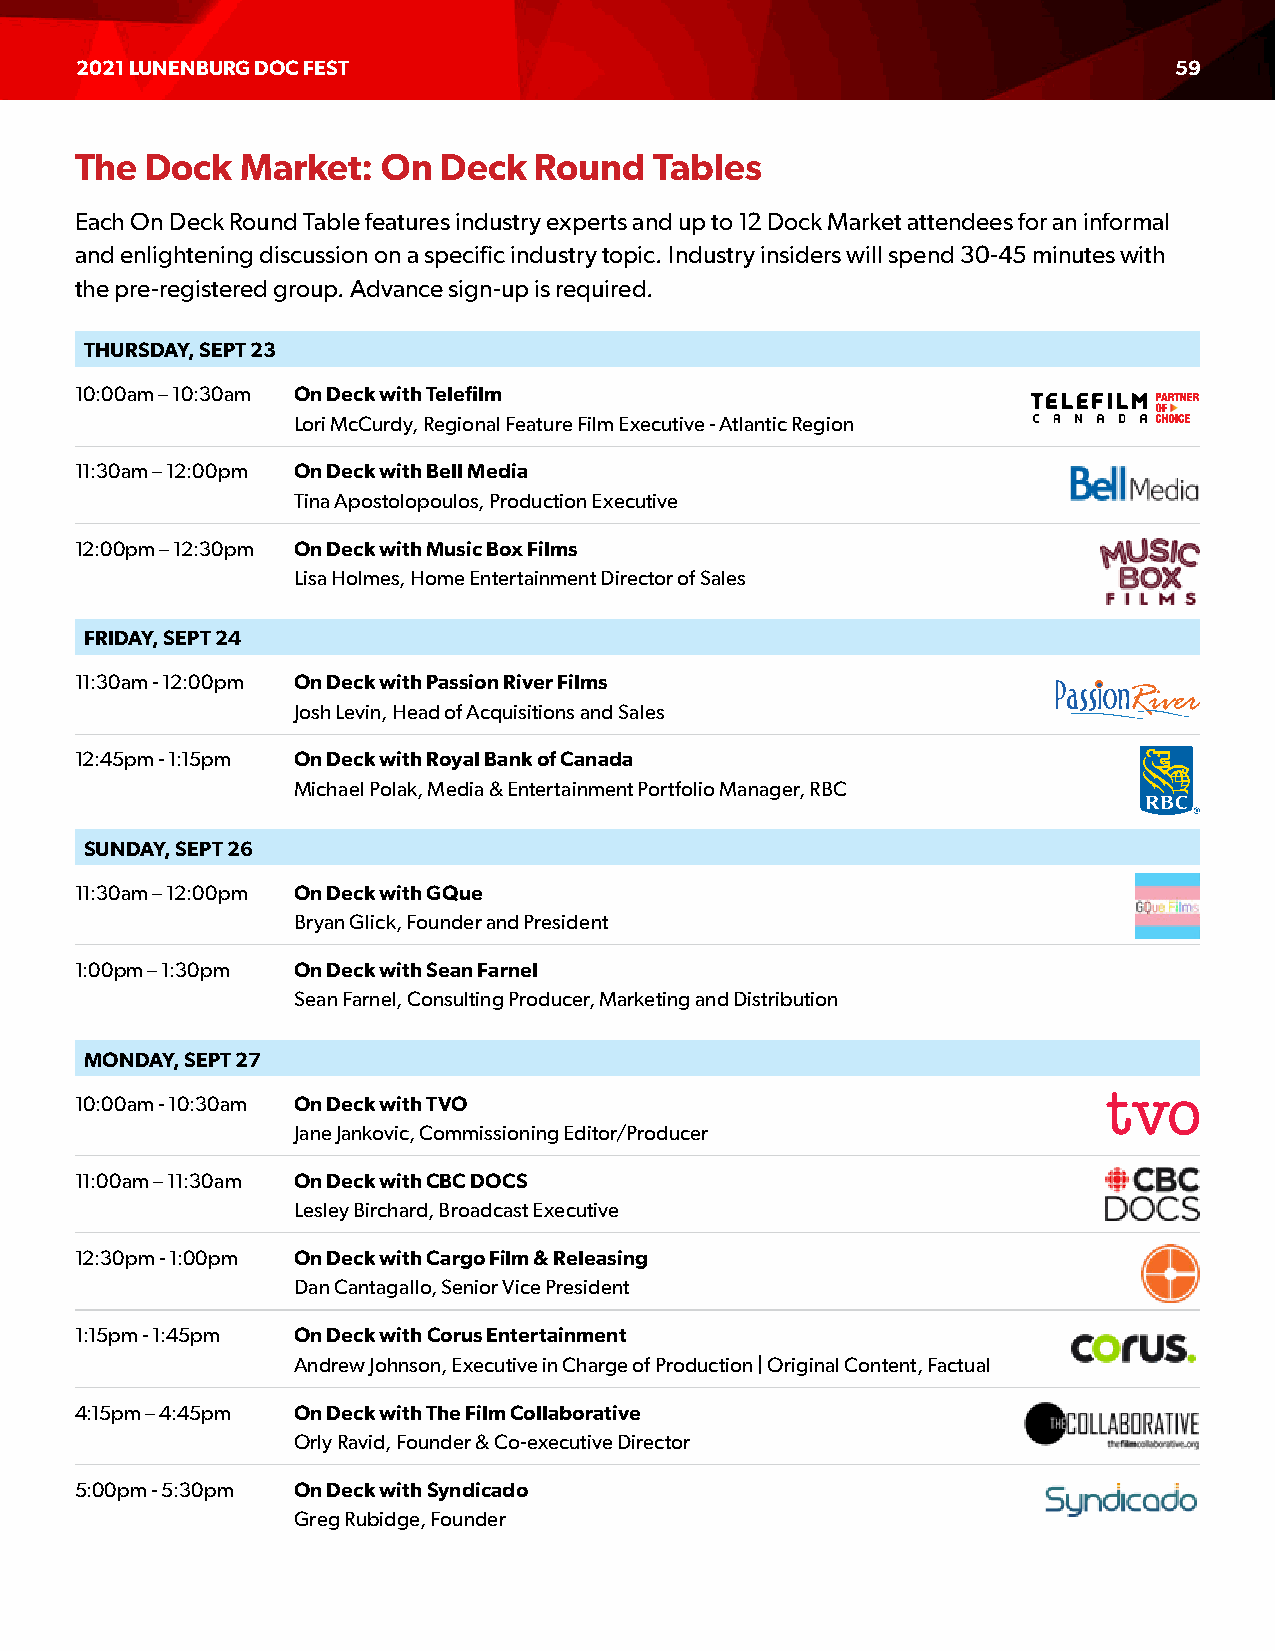
2021 LUNENBURG DOC FEST                                                  59
 The  Dock  Market:  On  Deck  Round   Tables
 Each On Deck Round Table features industry experts and up to 12 Dock Market attendees for an informal
 and enlightening discussion on a specific industry topic. Industry insiders will spend 30-45 minutes with
 the pre-registered group. Advance sign-up is required.
 THURSDAY, SEPT 23
 10:00am – 10:30am On Deck with Telefilm
 Lori McCurdy, Regional Feature Film Executive - Atlantic Region
 11:30am – 12:00pm On Deck with Bell Media
 Tina Apostolopoulos, Production Executive
 12:00pm – 12:30pm On Deck with Music Box Films
 Lisa Holmes, Home Entertainment Director of Sales
 FRIDAY, SEPT 24
 11:30am - 12:00pm On Deck with Passion River Films
 Josh Levin, Head of Acquisitions and Sales
 12:45pm - 1:15pm On Deck with Royal Bank of Canada
 Michael Polak, Media & Entertainment Portfolio Manager, RBC
 SUNDAY, SEPT 26
 11:30am – 12:00pm On Deck with GQue
 Bryan Glick, Founder and President
 1:00pm – 1:30pm On Deck with Sean Farnel
 Sean Farnel, Consulting Producer, Marketing and Distribution
 MONDAY, SEPT 27
 10:00am - 10:30am On Deck with TVO
 Jane Jankovic, Commissioning Editor/Producer
 11:00am – 11:30am On Deck with CBC DOCS
 Lesley Birchard, Broadcast Executive
 12:30pm - 1:00pm On Deck with Cargo Film & Releasing
 Dan Cantagallo, Senior Vice President
 1:15pm - 1:45pm On Deck with Corus Entertainment
 Andrew Johnson, Executive in Charge of Production | Original Content, Factual
 4:15pm – 4:45pm On Deck with The Film Collaborative
 Orly Ravid, Founder & Co-executive Director
 5:00pm - 5:30pm On Deck with Syndicado
 Greg Rubidge, Founder